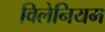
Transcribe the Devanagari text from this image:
विलेनियम